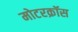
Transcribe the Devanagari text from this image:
मोटरक्रॉस